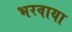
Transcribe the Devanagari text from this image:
भरवाया